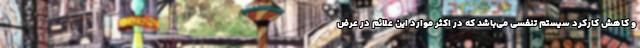
و کاهش کارکرد سیستم تنفسی می‌باشد که در اکثر موارد این علائم در عرض